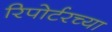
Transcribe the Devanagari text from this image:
रिपोर्टरच्या